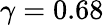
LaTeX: \gamma=0.68